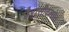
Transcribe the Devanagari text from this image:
पैरासीटामोल